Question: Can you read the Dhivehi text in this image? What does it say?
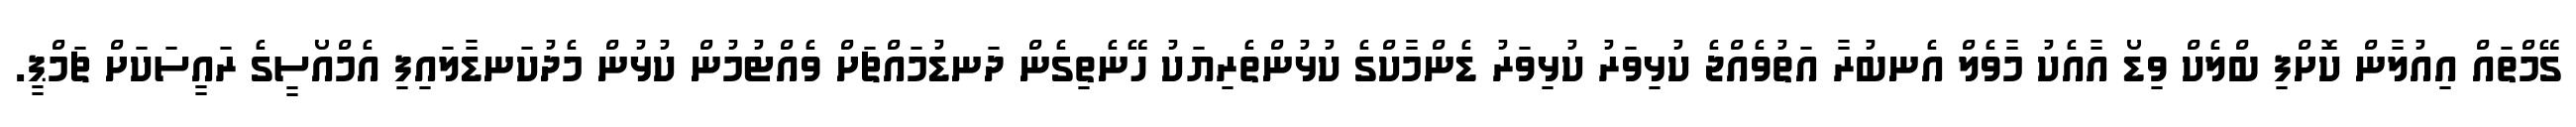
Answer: ގޭމްތައް އިއުލާން ކޮށްފި ބްލެކް ވިޑޯ އާއެކު މާވެލް އެނބުރާ އަތުވެއްޖެ ކުޅިވަރު ކުޅިވަރު ޑެންމާކްގެ ކުޅުންތެރިޔަކު ހޭނެތިގެން ދަނޑުމައްޗަށް ވެއްޓުމުން ކުޅުން މެދުކަނޑާލައިފި އެމްއޯސީގެ ރައީސަކަށް ޗަމްޕީ.